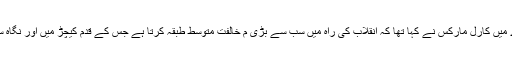
اسی طبقہ کے بارے میں کارل مارکس نے کہا تھا کہ انقلاب کی راہ میں سب سے بڑی م خالفت متوسط طبقہ کرتا ہے جس کے قدم کیچڑ میں اور نگاہ ستاروں پر ہوتی ہے۔